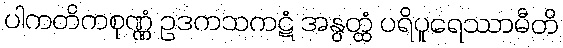
ပါကတိကစုဏ္ဏံ ဥဒကသကဋံ အနွတ္ထံ ပရိပူရေဿာမီတိ